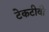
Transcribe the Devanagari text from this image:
टेकटीवी